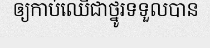
ឲ្យកាប់ឈើជាថ្នូរទទួលបាន